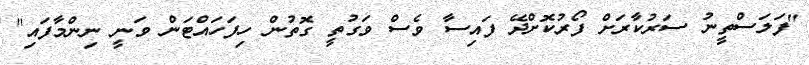
"ފަލަސްތީނު ސަރުކާރަށް ފޯރުކޮށްދޭ ފައިސާ ވެސް ވަގުތީ ގޮތުން ހިފަހައްޓަން ވަނީ ނިންމާފައި"